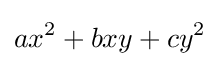
ax^{2}+bxy+cy^{2}